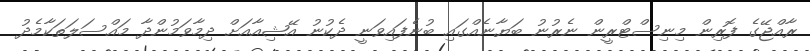
ރާއްޖޭގެ ފޮރިން މިނިސްޓްރީން ނެރުނު ބަޔާނެއްގައި ބުނެފައިވަނީ ދެކުނު އޭޝިއާއަށް ދިމާވަމުންދާ މައްސަލަތަކާމެދު